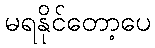
မရနိုင်တော့ပေ